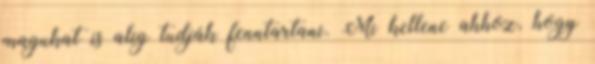
magukat is alig tudják fenntartani. Mi kellene ahhoz, hogy